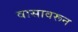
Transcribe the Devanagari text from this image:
वासावरून